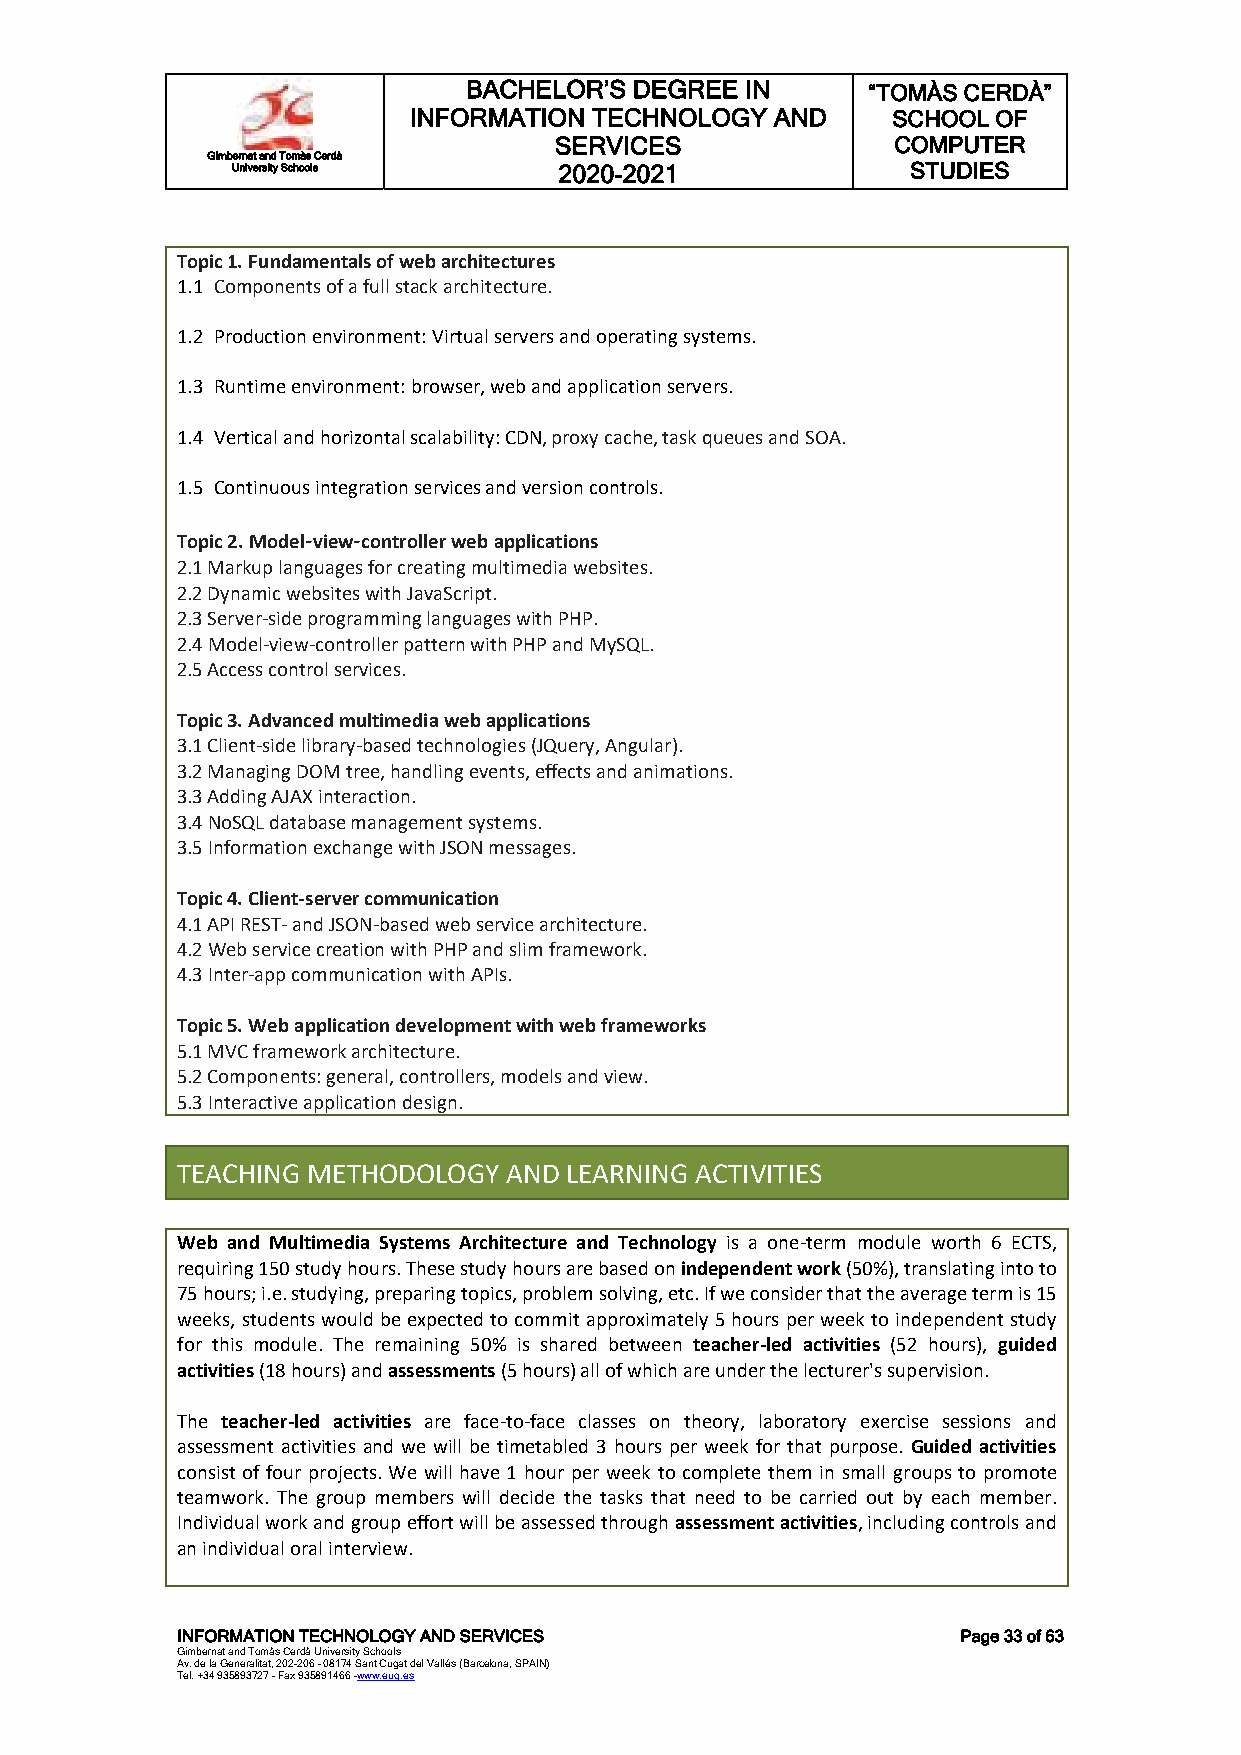
BACHELOR’S DEGREE IN      “TOMÀS CERDÀ”
 INFORMATION TECHNOLOGY  AND     SCHOOL OF
 SERVICES              COMPUTER
 Gimbernat and Tomàs Cerdà
 University Schools    2020-2021              STUDIES
 Topic 1. Fundamentals of web architectures
 1.1 Components of a full stack architecture.
 1.2 Production environment: Virtual servers and operating systems.
 1.3 Runtime environment: browser, web and application servers.
 1.4 Vertical and horizontal scalability: CDN, proxy cache, task queues and SOA.
 1.5 Continuous integration services and version controls.
 Topic 2. Model-view-controller web applications
 2.1 Markup languages for creating multimedia websites.
 2.2 Dynamic websites with JavaScript.
 2.3 Server-side programming languages with PHP.
 2.4 Model-view-controller pattern with PHP and MySQL.
 2.5 Access control services.
 Topic 3. Advanced multimedia web applications
 3.1 Client-side library-based technologies (JQuery, Angular).
 3.2 Managing DOM tree, handling events, effects and animations.
 3.3 Adding AJAX interaction.
 3.4 NoSQL database management systems.
 3.5 Information exchange with JSON messages.
 Topic 4. Client-server communication
 4.1 API REST- and JSON-based web service architecture.
 4.2 Web service creation with PHP and slim framework.
 4.3 Inter-app communication with APIs.
 Topic 5. Web application development with web frameworks
 5.1 MVC framework architecture.
 5.2 Components: general, controllers, models and view.
 5.3 Interactive application design.
 TEACHING METHODOLOGY AND LEARNING ACTIVITIES
 Web and Multimedia Systems Architecture and Technology is a one-term module worth 6 ECTS,
 requiring 150 study hours. These study hours are based on independent work (50%), translating into to
 75 hours; i.e. studying, preparing topics, problem solving, etc. If we consider that the average term is 15
 weeks, students would be expected to commit approximately 5 hours per week to independent study
 for this module. The remaining 50% is shared between teacher-led activities (52 hours), guided
 activities (18 hours) and assessments (5 hours) all of which are under the lecturer's supervision.
 The teacher-led activities are face-to-face classes on theory, laboratory exercise sessions and
 assessment activities and we will be timetabled 3 hours per week for that purpose. Guided activities
 consist of four projects. We will have 1 hour per week to complete them in small groups to promote
 teamwork. The group members will decide the tasks that need to be carried out by each member.
 Individual work and group effort will be assessed through assessment activities, including controls and
 an individual oral interview.
 INFORMATION TECHNOLOGY AND SERVICES                 Page 33 of 63
 Gimbernat and Tomàs Cerdà University Schools
 Av. de la Generalitat, 202-206 - 08174 Sant Cugat del Vallés (Barcelona, SPAIN)
 Tel. +34 935893727 - Fax 935891466 -www.eug.es